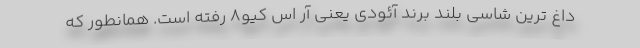
داغ ترین شاسی بلند برند آئودی یعنی آر اس کیو8 رفته است. همانطور که